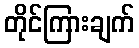
တိုင်ကြားချက်